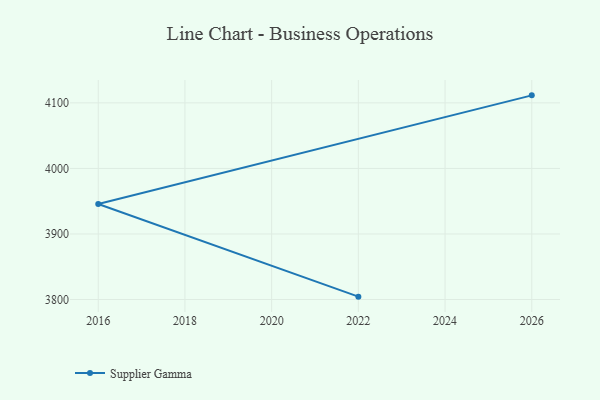
{"axis": {"x": "Year", "y": "Customer Acquisition Cost (USD)"}, "legend": ["Supplier Gamma"], "data": [{"x": "2022", "y": 3804.4, "type": "Supplier Gamma"}, {"x": "2016", "y": 3945.8, "type": "Supplier Gamma"}, {"x": "2026", "y": 4111.5, "type": "Supplier Gamma"}]}